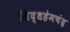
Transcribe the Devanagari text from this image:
सिद्धहेमचंद्र